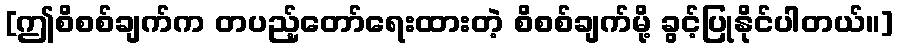
[ဤစိစစ်ချက်က တပည့်တော်ရေးထားတဲ့ စိစစ်ချက်မို့ ခွင့်ပြုနိုင်ပါတယ်။]